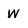
Character: w